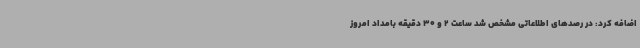
اضافه کرد: در رصدهای اطلاعاتی مشخص شد ساعت 2 و 30 دقیقه بامداد امروز